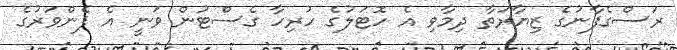
ރަސްގެފާނުގެ ޒިޔާރަތާ ދިމާވި އެ ހޮޓަލުގެ ހުރިހާ ގެސްޓުން ވަނީ އެ ފެންވަރުގެ